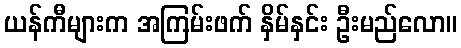
ယန်ကီများက အကြမ်းဖက် နှိမ်နှင်း ဦးမည်လော။